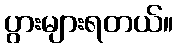
ပွားများရတယ်။